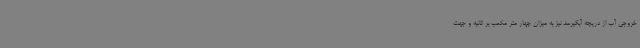
خروجی آب از دریچه آبگیرسد نیز به میزان چهار متر مکعب بر ثانیه و جهت